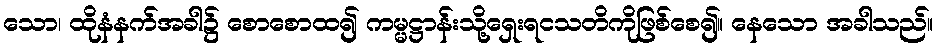
သော၊ ထိုနံနက်အခါ၌ စောစောထ၍ ကမ္မဋ္ဌာန်းသို့ရှေးရငသတိကိုဖြစ်စေ၍။ နေသော အခါသည်။